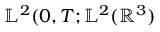
\mathbb { L } ^ { 2 } ( 0 , T ; \mathbb { L } ^ { 2 } ( \mathbb { R } ^ { 3 } )